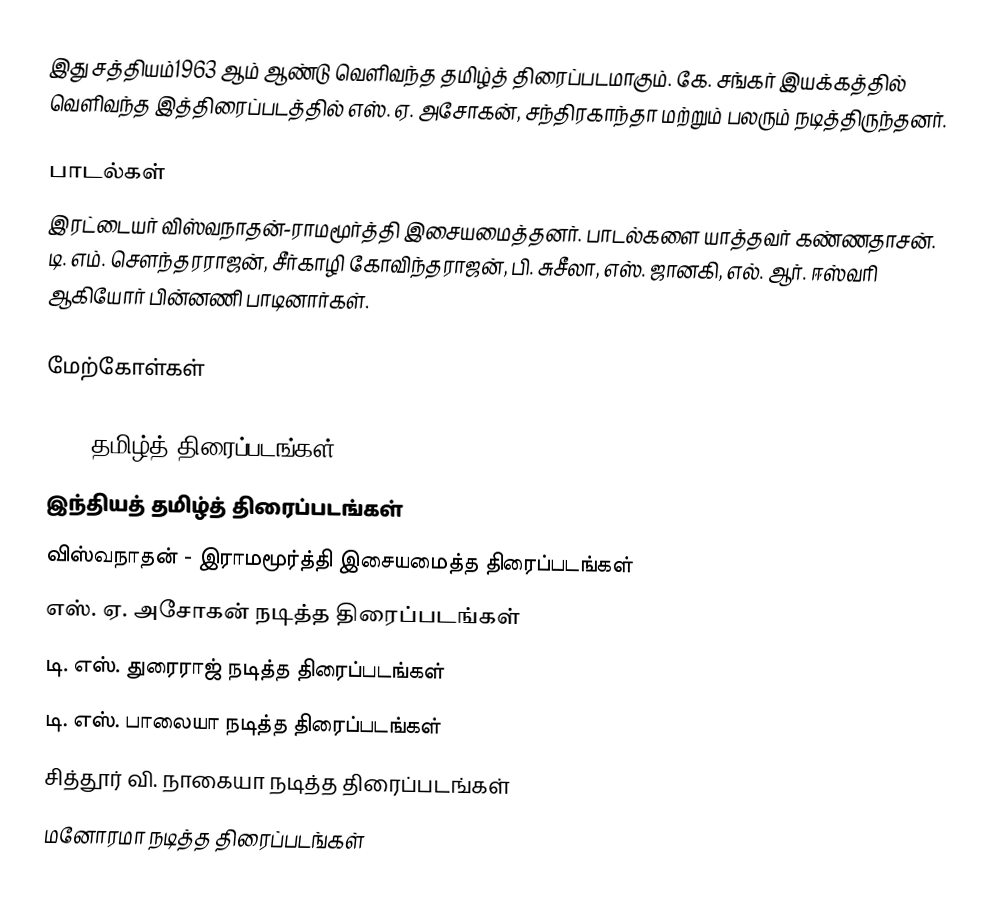
இது சத்தியம்1963 ஆம் ஆண்டு வெளிவந்த தமிழ்த் திரைப்படமாகும். கே. சங்கர் இயக்கத்தில் வெளிவந்த இத்திரைப்படத்தில் எஸ். ஏ. அசோகன், சந்திரகாந்தா மற்றும் பலரும் நடித்திருந்தனர்.

பாடல்கள்
இரட்டையர் விஸ்வநாதன்-ராமமூர்த்தி இசையமைத்தனர். பாடல்களை யாத்தவர் கண்ணதாசன். டி. எம். சௌந்தரராஜன், சீர்காழி கோவிந்தராஜன், பி. சுசீலா, எஸ். ஜானகி, எல். ஆர். ஈஸ்வரி ஆகியோர் பின்னணி பாடினார்கள்.

மேற்கோள்கள்

1963 தமிழ்த் திரைப்படங்கள்
இந்தியத் தமிழ்த் திரைப்படங்கள்
விஸ்வநாதன் - இராமமூர்த்தி இசையமைத்த திரைப்படங்கள்
எஸ். ஏ. அசோகன் நடித்த திரைப்படங்கள்
டி. எஸ். துரைராஜ் நடித்த திரைப்படங்கள்
டி. எஸ். பாலையா நடித்த திரைப்படங்கள்
சித்தூர் வி. நாகையா நடித்த திரைப்படங்கள்
மனோரமா நடித்த திரைப்படங்கள்